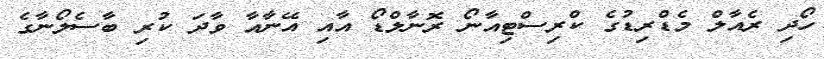
ހޯދި ރެއާލް މެޑްރިޑުގެ ކްރިސްޓިއާނޯ ރޮނާލްޑޯ އާއި އޭނާއާ ވާދަ ކުރި ބާސެލޯނާގެ